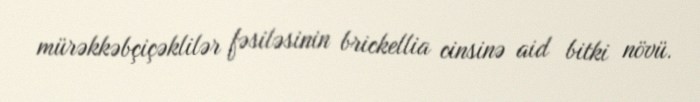
mürəkkəbçiçəklilər fəsiləsinin brickellia cinsinə aid bitki növü.